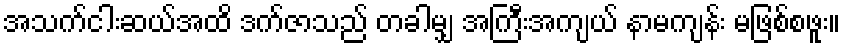
အသက်ငါးဆယ်အထိ ဒက်ဇာသည် တခါမျှ အကြီးအကျယ် နာမကျန်း မဖြစ်စဖူး။